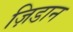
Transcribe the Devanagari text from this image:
ज़िडान